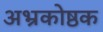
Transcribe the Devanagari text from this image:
अभ्रकोष्ठक